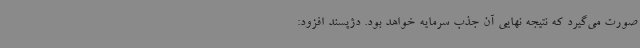
صورت می‌گیرد که نتیجه نهایی آن جذب سرمایه خواهد بود. دژپسند افزود:‌